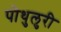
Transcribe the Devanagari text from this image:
पोथुलुरी